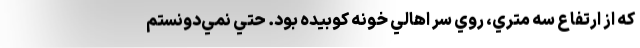
كه از ارتفاع سه متري، روي سر اهالي خونه كوبيده بود. حتي نمي‌دونستم